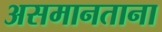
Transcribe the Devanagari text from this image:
असमानताना